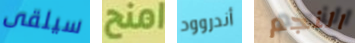
سيلقى امنح أندروود النجم